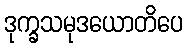
ဒုက္ခသမုဒယောတိပေ